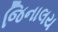
જિનાલય